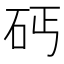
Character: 𱳩